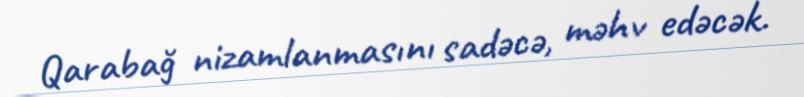
Qarabağ nizamlanmasını sadəcə, məhv edəcək.